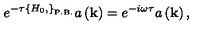
e ^ { - \tau \left\{ H _ { 0 } , \right\} _ { \mathrm { P . B . } } } a \left( { \bf k } \right) = e ^ { - i \omega \tau } a \left( { \bf k } \right) ,